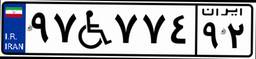
۹۷W۷۷۴۹۲